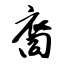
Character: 裔